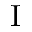
\mathrm { I }